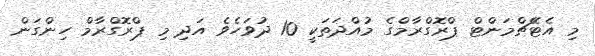
މި އެޓޭޗްމަންޓް ޕްރޮގްރާމްގެ މުއްދަތަކީ 10 ދުވަހެވެ އަދި މި ޕްރޮގްރާމް ހިންގަން